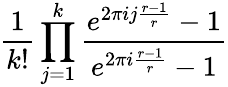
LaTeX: \frac{1}{k!}\prod_{j=1}^{k}\frac{e^{2\pi ij\frac{r-1}{r}}-1}{e^{2\pi i\frac{r-1}{r}}-1}